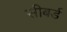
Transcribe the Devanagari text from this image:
सीबर्ड